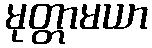
မုတ္တာမယာ